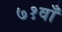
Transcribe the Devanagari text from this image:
७१वाँ